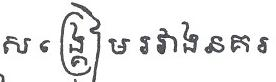
សង្គ្រៀមរវាងនគរ